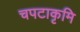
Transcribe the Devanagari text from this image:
चपटाकृमि